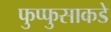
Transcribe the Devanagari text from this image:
फुप्फुसाकडे